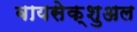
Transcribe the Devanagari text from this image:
बायसेक्शुअल